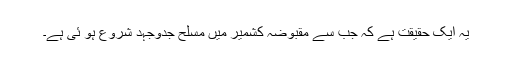
یہ ایک حقیقت ہے کہ جب سے مقبوضہ کشمیر میں مسلح جدوجہد شروع ہو ئی ہے۔